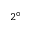
2 ^ { \circ }